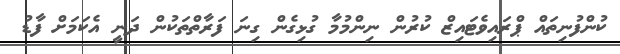
ކުންފުނިތައް ޕްރައިވެޓައިޒް ކުރުން ނިންމުމާ ގުޅިގެން ގިނަ ފަރާތްތަކުން ދަނީ އެކަމަށް ފާޑު